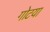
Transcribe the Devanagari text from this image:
गोटया